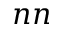
n n